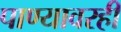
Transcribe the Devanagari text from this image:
पाण्यावरही